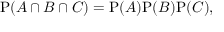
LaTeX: \mathrm { P } ( A \cap B \cap C ) = \mathrm { P } ( A ) \mathrm { P } ( B ) \mathrm { P } ( C ) ,